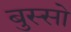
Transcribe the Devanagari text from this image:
बुस्सो